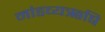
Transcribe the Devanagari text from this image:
मांडव्यऋषि